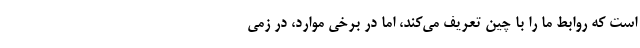
است که روابط ما را با چین تعریف می‌کند، اما در برخی موارد، در زمی